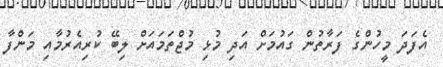
އެފަދަ މީހުންގެ ފަރާތުން ގައުމަށް އަދި މުޅި މުޖްތަމައަށް ލިބޭ ކުރިއެރުމާއި މަންފާ